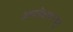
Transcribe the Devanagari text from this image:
हृदयविकारापासून